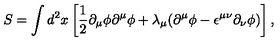
S = \int d ^ { 2 } x \left[ { \frac 1 2 } { \partial } _ { \mu } { \phi } { \partial } ^ { \mu } { \phi } + { \lambda } _ { \mu } ( { \partial } ^ { \mu } { \phi } - { \epsilon } ^ { { \mu } { \nu } } { \partial } _ { \nu } { \phi } ) \right] ,